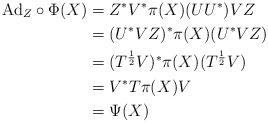
LaTeX: \begin{align*} \mathrm{Ad}_Z\circ\Phi(X) &=Z^*V^*\pi(X)(UU^*)VZ\\ &=(U^*VZ)^*\pi(X)(U^*VZ)\\ &=(T^{\frac{1}{2}}V)^*\pi(X)(T^{\frac{1}{2}}V)\\ &=V^*T\pi(X)V\\ &=\Psi(X) \end{align*}